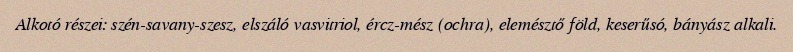
Alkotó részei: szén-savany-szesz, elszáló vasvitriol, ércz-mész (ochra), elemésztő föld, keserűsó, bányász alkali.